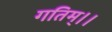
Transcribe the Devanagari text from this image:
गतिम्।।